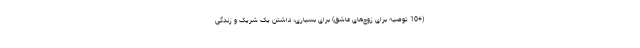
(+10 توصیه برای زوج‌های عاشق) برای بسیاری، داشتن یک شریک و زندگی